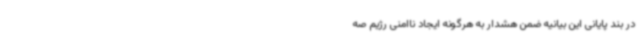
در بند پایانی این بیانیه ضمن هشدار به هرگونه ایجاد ناامنی رژیم صه